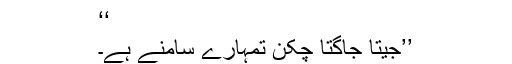
‘‘
’’جیتا جاگتا چکن تمہارے سامنے ہے۔